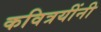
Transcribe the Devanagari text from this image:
कवित्रयींनी